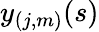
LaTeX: y_{(j,m)}(s)